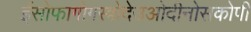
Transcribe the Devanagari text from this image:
ईसोफागोगस्त्रोदेउओदीनोसकोपी